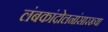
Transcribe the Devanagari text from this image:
लंबकांदोलनांसारख्या